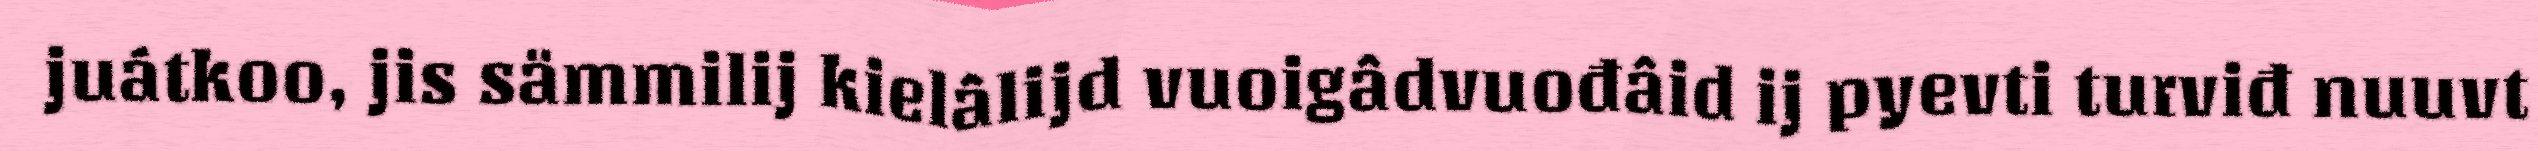
juátkoo, jis sämmilij kielâlijd vuoigâdvuođâid ij pyevti turviđ nuuvt